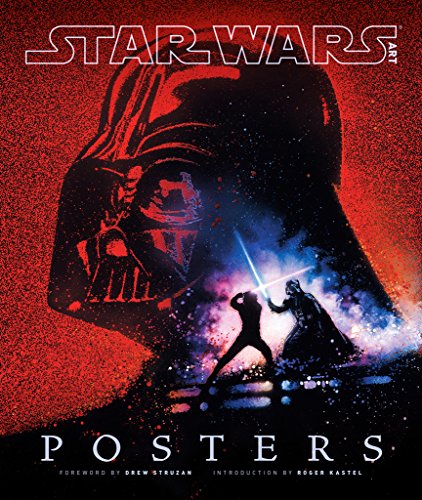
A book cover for Star Wars Art: Posters (Star Wars Art Series); Humor & Entertainment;